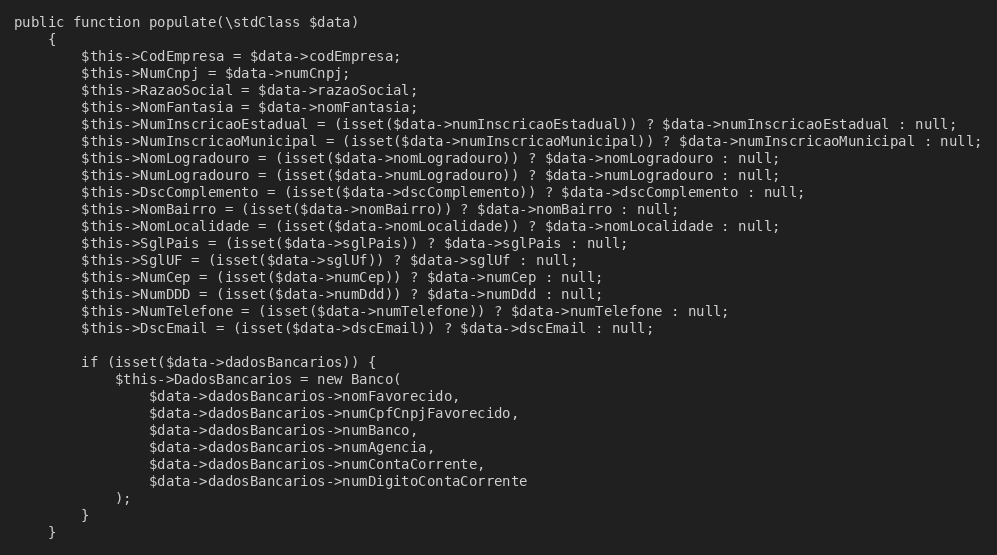
Language: PHP
public function populate(\stdClass $data)
    {
        $this->CodEmpresa = $data->codEmpresa;
        $this->NumCnpj = $data->numCnpj;
        $this->RazaoSocial = $data->razaoSocial;
        $this->NomFantasia = $data->nomFantasia;
        $this->NumInscricaoEstadual = (isset($data->numInscricaoEstadual)) ? $data->numInscricaoEstadual : null;
        $this->NumInscricaoMunicipal = (isset($data->numInscricaoMunicipal)) ? $data->numInscricaoMunicipal : null;
        $this->NomLogradouro = (isset($data->nomLogradouro)) ? $data->nomLogradouro : null;
        $this->NumLogradouro = (isset($data->numLogradouro)) ? $data->numLogradouro : null;
        $this->DscComplemento = (isset($data->dscComplemento)) ? $data->dscComplemento : null;
        $this->NomBairro = (isset($data->nomBairro)) ? $data->nomBairro : null;
        $this->NomLocalidade = (isset($data->nomLocalidade)) ? $data->nomLocalidade : null;
        $this->SglPais = (isset($data->sglPais)) ? $data->sglPais : null;
        $this->SglUF = (isset($data->sglUf)) ? $data->sglUf : null;
        $this->NumCep = (isset($data->numCep)) ? $data->numCep : null;
        $this->NumDDD = (isset($data->numDdd)) ? $data->numDdd : null;
        $this->NumTelefone = (isset($data->numTelefone)) ? $data->numTelefone : null;
        $this->DscEmail = (isset($data->dscEmail)) ? $data->dscEmail : null;

        if (isset($data->dadosBancarios)) {
            $this->DadosBancarios = new Banco(
                $data->dadosBancarios->nomFavorecido,
                $data->dadosBancarios->numCpfCnpjFavorecido,
                $data->dadosBancarios->numBanco,
                $data->dadosBancarios->numAgencia,
                $data->dadosBancarios->numContaCorrente,
                $data->dadosBancarios->numDigitoContaCorrente
            );
        }
    }